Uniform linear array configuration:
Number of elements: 48
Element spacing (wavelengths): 0.75
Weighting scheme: cosine
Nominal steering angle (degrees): -45
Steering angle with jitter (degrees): -45.972
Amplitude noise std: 0.05
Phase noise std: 0.05

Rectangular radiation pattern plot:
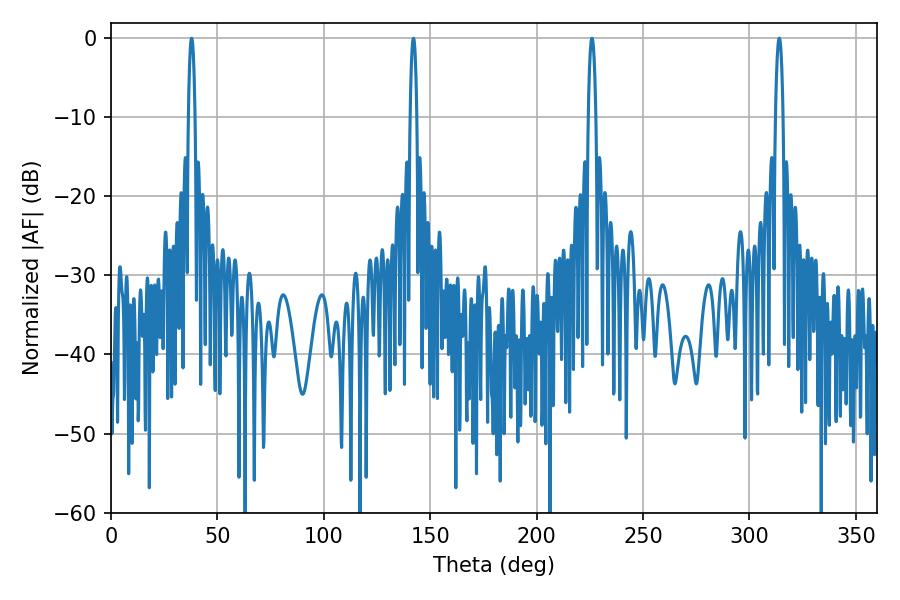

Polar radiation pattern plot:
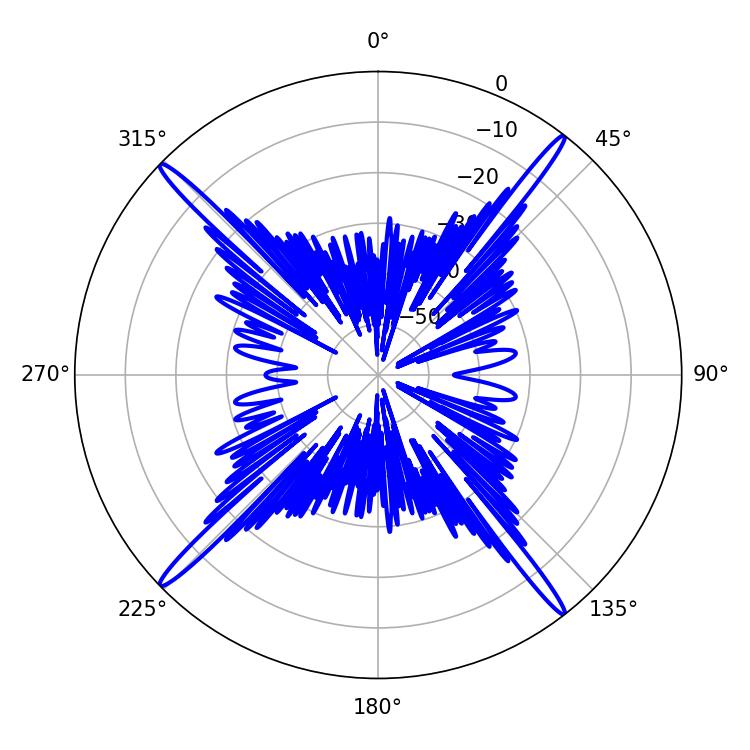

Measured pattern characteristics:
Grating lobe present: TRUE
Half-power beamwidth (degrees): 1.98
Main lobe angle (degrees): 313.92